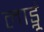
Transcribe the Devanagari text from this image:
लाड्नूं